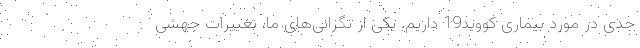
جدی در مورد بیماری کووید19 داریم. یکی از نگرانی‌‌های ما، تغییرات جهشی